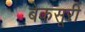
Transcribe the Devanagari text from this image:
बेकसूरी